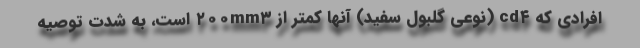
افرادی که cd۴ (نوعی گلبول سفید) آنها کمتر از ۲۰۰mm۳ است، به شدت توصیه